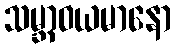
သမ္ဘာဝယမာနော